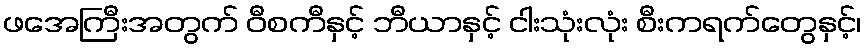
ဖအေကြီးအတွက် ဝီစကီနှင့် ဘီယာနှင့် ငါးသုံးလုံး စီးကရက်တွေနှင့်၊